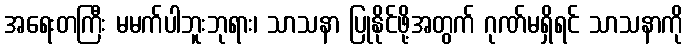
အရေးတကြီး မမက်ပါဘူးဘုရား၊ သာသနာ ပြုနိုင်ဖို့အတွက် ဂုဏ်မရှိရင် သာသနာကို